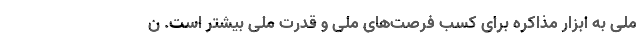
ملی به ابزار مذاکره برای کسب فرصت‌های ملی و قدرت ملی بیشتر است. ن